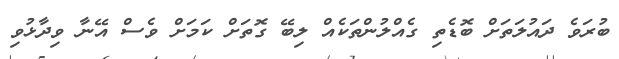
ބުރަވެ ދައުލަތަށް ބޮޑެތި ގެއްލުންތަކެއް ލިބޭ ގޮތަށް ކަމަށް ވެސް އޭނާ ވިދާޅުވި